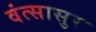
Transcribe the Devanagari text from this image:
वंत्सासुर